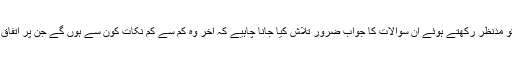
اس تمام تر صورت حال بالخصوص ملا عبدالغنی برادرکی اچانک رہائی کو مدنظر رکھتے ہوئے ان سوالات کا جواب ضرور تلاش کیا جانا چاہیے کہ آخر وہ کم سے کم نکات کون سے ہوں گے جن پر اتفاق کی صورت میں امریکہ اور طالبان کسی حتمی مفاہمت پر پہنچ پائیں گے۔